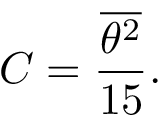
C = { \frac { \overline { { { \theta ^ { 2 } } } } } { 1 5 } } .